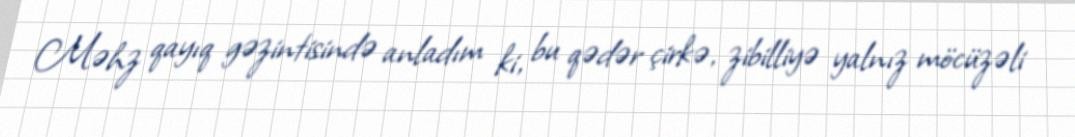
Məhz qayıq gəzintisində anladım ki, bu qədər çirkə, zibilliyə yalnız möcüzəli